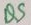
Text: Q9